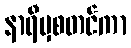
နာရီမှစတင်ကာ